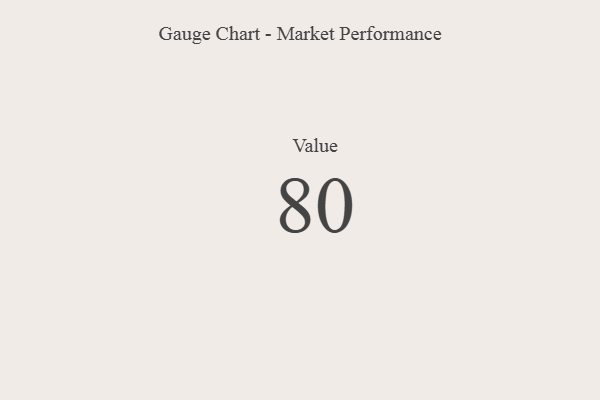
{"axis": {"x": "Metric", "y": "Value"}, "legend": [""], "data": [{"x": "Value", "y": 80, "type": ""}]}